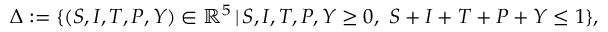
\Delta : = \{ ( S , I , T , P , Y ) \in \mathbb { R } ^ { 5 } \, | \, S , I , T , P , Y \geq 0 , \ S + I + T + P + Y \leq 1 \} ,